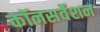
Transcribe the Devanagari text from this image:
कॉनसर्वेशन